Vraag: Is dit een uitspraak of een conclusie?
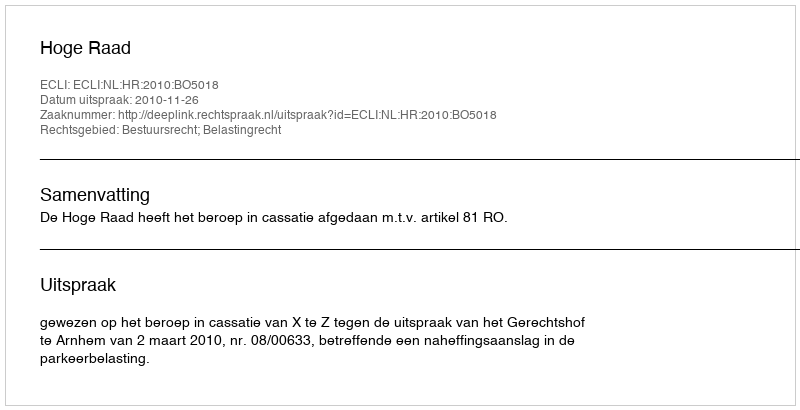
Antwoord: Uitspraak